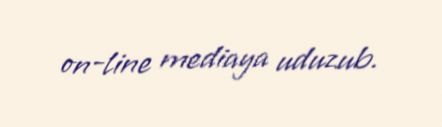
on-line mediaya uduzub.